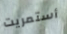
أستمريت